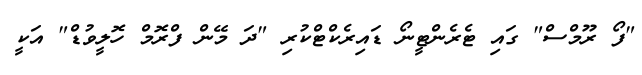
"ފޯ ރޫމްސް" ގައި ޓެރެންޓީނޯ ޑައިރެކްޓްކުރި "ދަ މޭން ފްރޮމް ހޮލީވުޑް" އަކީ